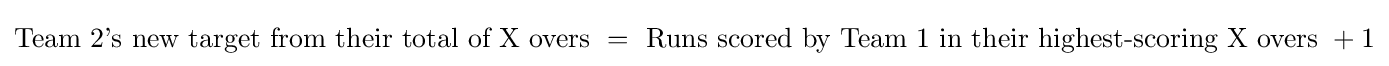
{\text{Team 2's new target from their total of X overs }}={\text{ Runs scored by Team 1 in their highest-scoring X overs }}+1